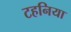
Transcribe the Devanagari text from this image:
टहनिया